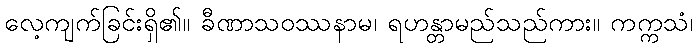
လေ့ကျက်ခြင်းရှိ၏။ ခီဏာသဝဿနာမ၊ ရဟန္တာမည်သည်ကား။ ကက္ကသံ၊